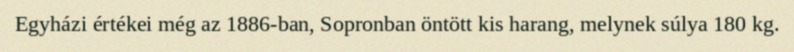
Egyházi értékei még az 1886-ban, Sopronban öntött kis harang, melynek súlya 180 kg.